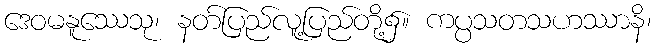
ဒေဝမနူဿေသု၊ နတ်ပြည်လူ့ပြည်တို့၌။ ကပ္ပသတသဟဿာနိ၊